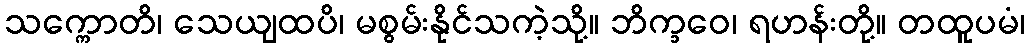
သက္ကောတိ၊ သေယျထပိ၊ မစွမ်းနိုင်သကဲ့သို့။ ဘိက္ခဝေ၊ ရဟန်းတို့။ တထူပမံ၊